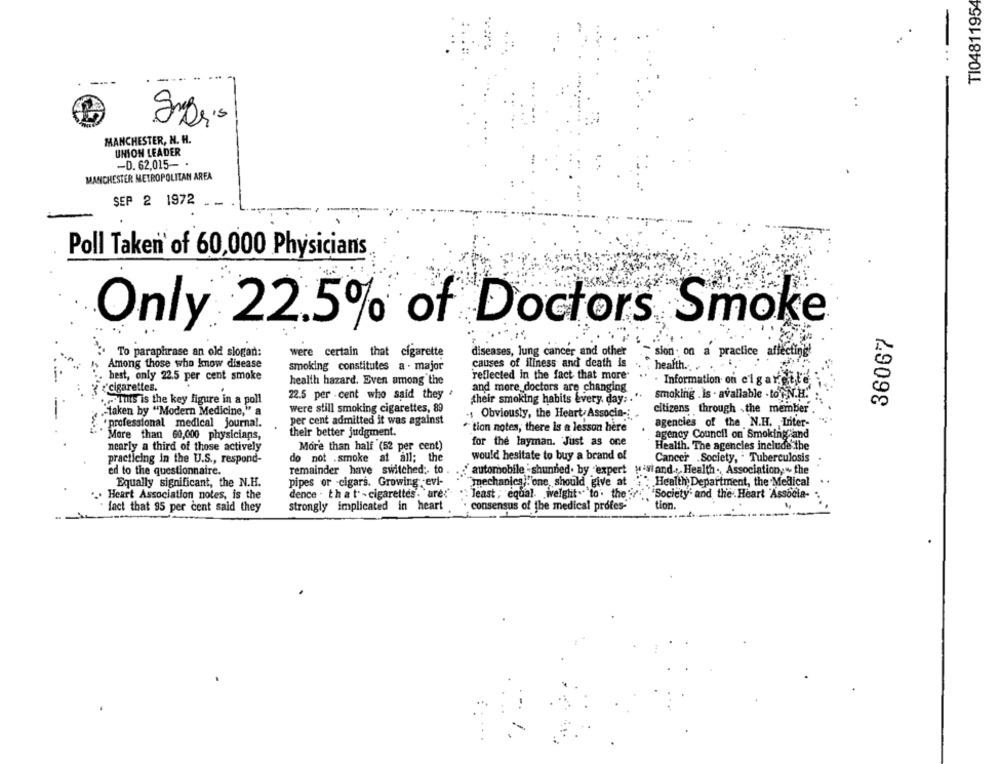
TI04811954
----
MANCHESTER, N. H.
UNION LEADER
-0. 62,015- .
MANCHESTER METROPOLITAN AREA
SEP 2 1972
Poll Taken of 60,000 Physicians
Only 22.5% of Doctors Smoke
36067
To paraphrase an old slogan:
were certain that cigarette
diseases, lung cancer and other
sion . on a practice affecting
Among those who know disease
smoking constitutes a . major
causes of illness and death is
health ...
'reflected in the fact that more-
best, only 22.5 per cent smoke
health hazard. Even among the
Information on cigarette
'cigarettes.
and more doctors are changing
22.5 per cent who said they
smoking . is . available . to +N.H."
This is the key figure in a poll
their smoking habits every day: . "
taken by "Modern Medicine," a
were still smoking cigarettes, 89
Obviously, the Heart Associa -:
citizens through the member
per cent admitted it was against
professional medical journal.
" tion notes, there is a lesson here
agencies of the N.H. Inter-
More than 60,000 physicians,
their better judgment.
agency Council on Smoking and
for the layman. Just as one
nearly a third of those actively
More than half (52 per cent)
Health. The agencies include the
do not .smoke at all; the
would hesitate to buy a brand of
Cancer Society, . Tuberculosis
practicing in the U.S ., respond-
ed to the questionnaire.
remainder have switched ;. to
automobile : shunned. by expert \'viand .. Health ., Association, " the
Health Department, the Medical
Equally significant, the N.H.
pipes or -cigars. Growing -evi-
mechanics,"one should give at
Heart Association notes, is the
dence . that -cigarettes. are:
: least , equal weight. to. the "r " Society and the Heart "Associa-
fact that 95 per cent said they
strongly implicated in heart
consensus of the medical profes-
tion.